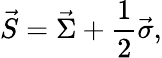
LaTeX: \vec{S}=\vec{\Sigma}+\frac{1}{2}\vec{\sigma},